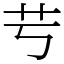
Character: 䒓